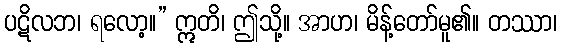
ပဋိလဘ၊ ရလော့။” ဣတိ၊ ဤသို့။ အာဟ၊ မိန့်တော်မူ၏။ တဿာ၊